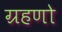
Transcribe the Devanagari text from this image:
ग्रहणो